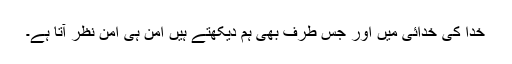
خدا کی خدائی میں اور جس طرف بھی ہم دیکھتے ہیں امن ہی امن نظر آتا ہے۔